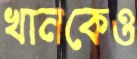
খানকেও